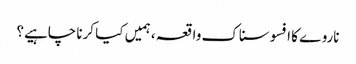
ناروے کا افسوسناک واقعہ ، ہمیں کیا کرنا چاہیے؟